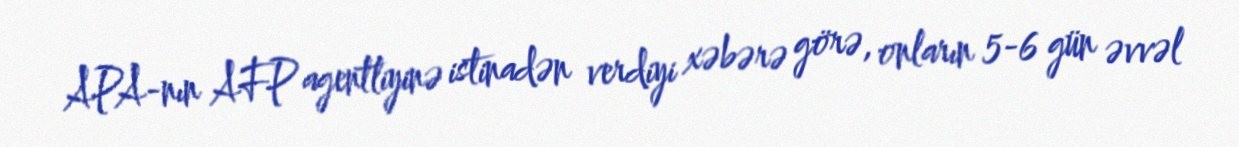
APA-nın AFP agentliyinə istinadən verdiyi xəbərə görə, onların 5-6 gün əvvəl